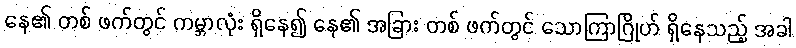
နေ၏ တစ် ဖက်တွင် ကမ္ဘာလုံး ရှိနေ၍ နေ၏ အခြား တစ် ဖက်တွင် သောကြာဂြိုဟ် ရှိနေသည့် အခါ